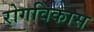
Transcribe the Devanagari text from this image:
रोगविकास